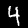
Label: 4